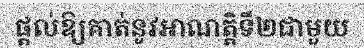
ផ្តល់ឱ្យគាត់នូវអាណត្តិទី២ជាមួយ